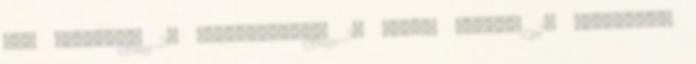
sós sütemény 29 sörkorcsolya 24 sütés nélkül 10 szendvics